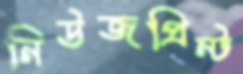
নিউজপ্রিন্ট